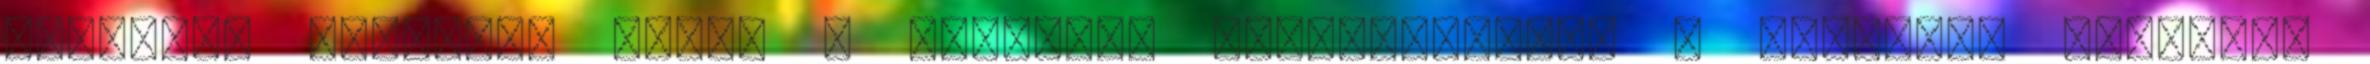
németet. Időnként mikor a csempész projektjeiket a mauritán hadsereg